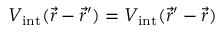
{ V _ { \mathrm { i n t } } ( \vec { r } - \vec { r } ^ { \prime } ) = V _ { \mathrm { i n t } } ( \vec { r } ^ { \prime } - \vec { r } ) }